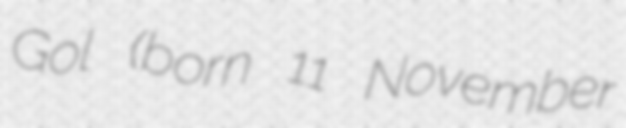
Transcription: Gol (born 11 November